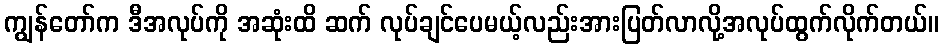
ကျွန်တော်က ဒီအလုပ်ကို အဆုံးထိ ဆက် လုပ်ချင်ပေမယ့်လည်းအားပြတ်လာလို့အလုပ်ထွက်လိုက်တယ်။